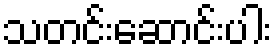
သတင်းဆောင်းပါး